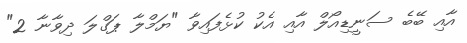
އާއި ބޭބެ ސަނީޑިއޯލް އާއި އެކު ކުޅެފައިވާ "ޔަމްލާ ޕަގްލަ ދިވާނާ 2"